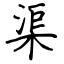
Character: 渠